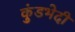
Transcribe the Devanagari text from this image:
कुंडभेदी